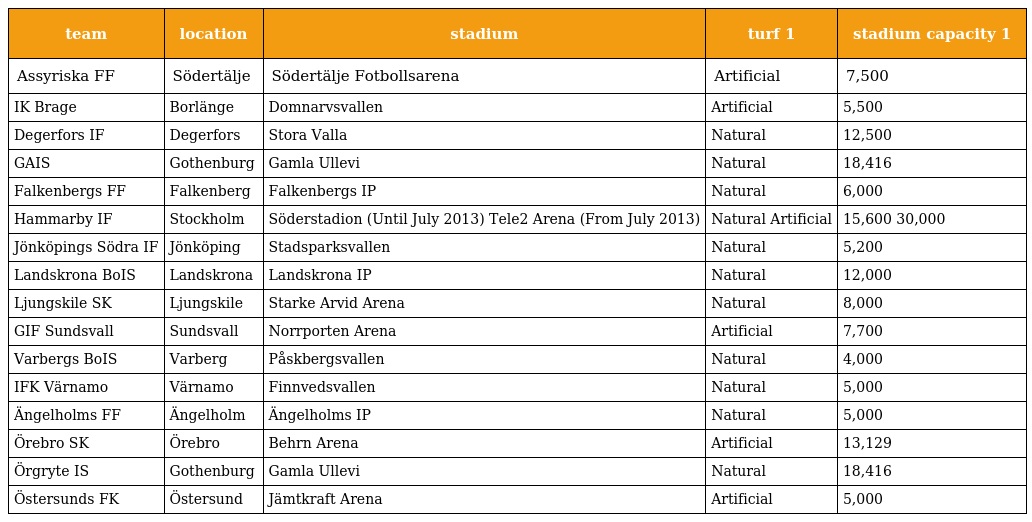
| team | location | stadium | turf 1 | stadium capacity 1 |
 | --- | --- | --- | --- | --- |
 | Assyriska FF | Södertälje | Södertälje Fotbollsarena | Artificial | 7,500 |
 | IK Brage | Borlänge | Domnarvsvallen | Artificial | 5,500 |
 | Degerfors IF | Degerfors | Stora Valla | Natural | 12,500 |
 | GAIS | Gothenburg | Gamla Ullevi | Natural | 18,416 |
 | Falkenbergs FF | Falkenberg | Falkenbergs IP | Natural | 6,000 |
 | Hammarby IF | Stockholm | Söderstadion (Until July 2013) Tele2 Arena (From July 2013) | Natural Artificial | 15,600 30,000 |
 | Jönköpings Södra IF | Jönköping | Stadsparksvallen | Natural | 5,200 |
 | Landskrona BoIS | Landskrona | Landskrona IP | Natural | 12,000 |
 | Ljungskile SK | Ljungskile | Starke Arvid Arena | Natural | 8,000 |
 | GIF Sundsvall | Sundsvall | Norrporten Arena | Artificial | 7,700 |
 | Varbergs BoIS | Varberg | Påskbergsvallen | Natural | 4,000 |
 | IFK Värnamo | Värnamo | Finnvedsvallen | Natural | 5,000 |
 | Ängelholms FF | Ängelholm | Ängelholms IP | Natural | 5,000 |
 | Örebro SK | Örebro | Behrn Arena | Artificial | 13,129 |
 | Örgryte IS | Gothenburg | Gamla Ullevi | Natural | 18,416 |
 | Östersunds FK | Östersund | Jämtkraft Arena | Artificial | 5,000 |